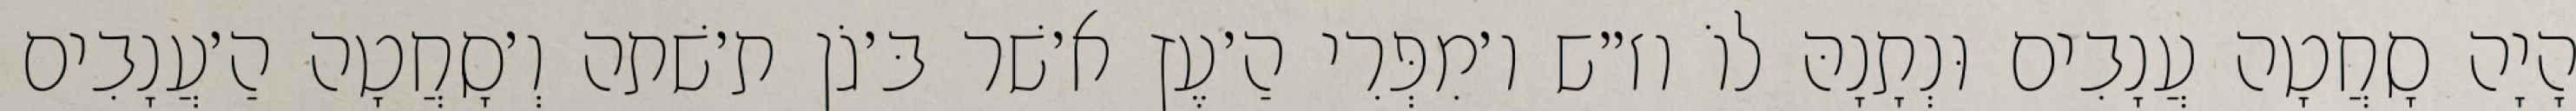
הָיָה סָחֲטָה עֲנָבִים וּנְתָנָהּ לוֹ וז״ש ו׳מִפְּרִי הַ׳עֶץ א׳שׁר בּ׳גֹן ת׳שׁתה וְ׳סָחֲטָה הַ׳עֲנָבִים